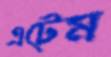
এটেম